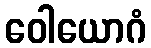
ဝေါယောဂံ